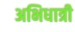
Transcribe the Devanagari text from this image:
अभिधात्री